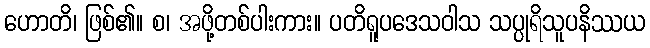
ဟောတိ၊ ဖြစ်၏။ စ၊ အဖို့တစ်ပါးကား။ ပတိရူပဒေသဝါသ သပ္ပုရိသူပနိဿယ